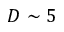
D \sim 5